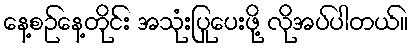
နေ့စဉ်နေ့တိုင်း အသုံးပြုပေးဖို့ လိုအပ်ပါတယ်။